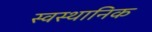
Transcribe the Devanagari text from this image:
स्वस्थानिक